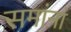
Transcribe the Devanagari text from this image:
समांनां